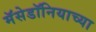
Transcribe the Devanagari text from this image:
मॅसेडॉनियाच्या